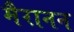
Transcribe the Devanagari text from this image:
मैरानन